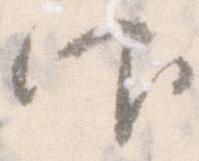
仰